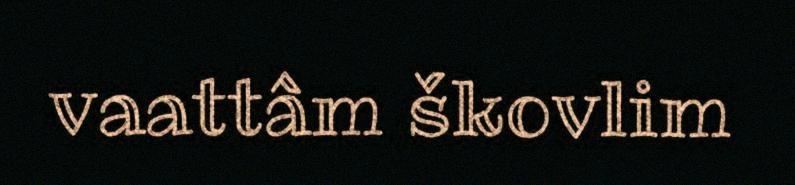
vaattâm škovlim